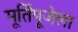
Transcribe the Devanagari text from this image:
मूर्तिपूजेला